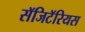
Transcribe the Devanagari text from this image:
सॅजिटॅरियस